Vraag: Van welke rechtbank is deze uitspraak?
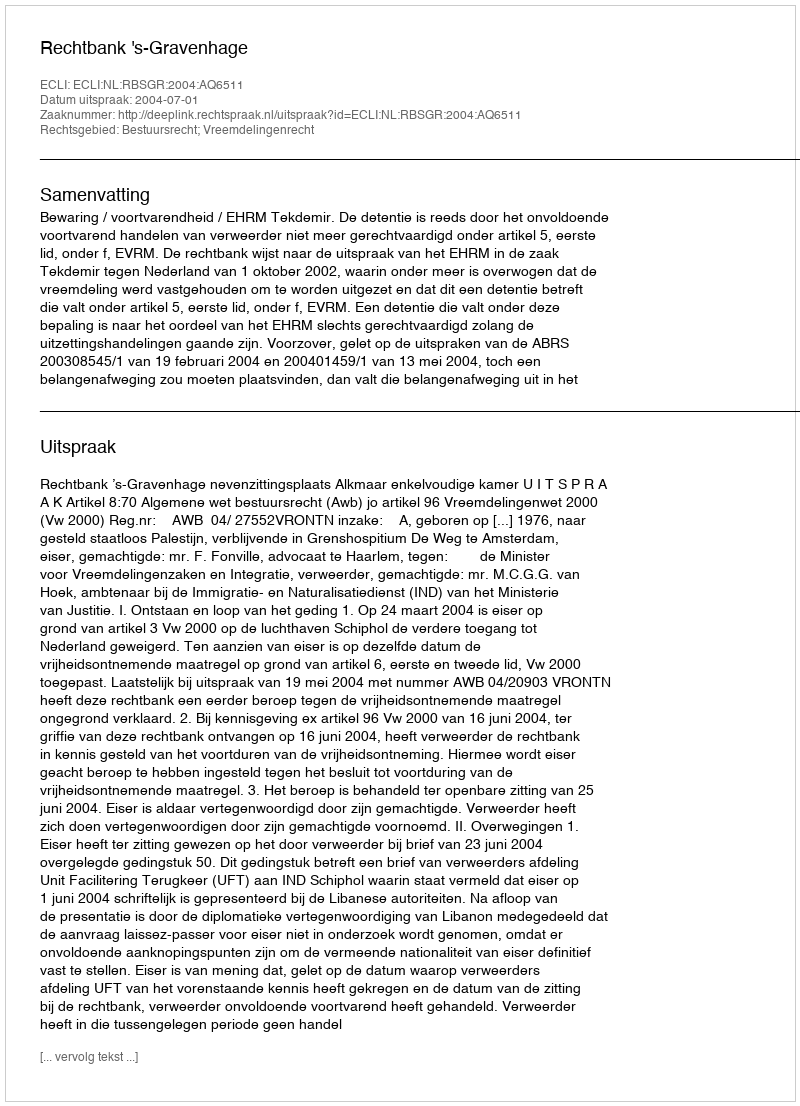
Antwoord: Rechtbank 's-Gravenhage